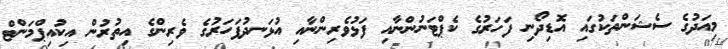
މިއަދުގެ ސެޝަންތަކުގައި އޮޑިދޯނި ފަހަރުގެ ކެޕްޓަނުންނާއި ފަޅުވެރިންނާއި އުޅަނދުފަހަރުގެ ވެރިންގެ އިތުރުން އިކުއިޕްމަންޓް